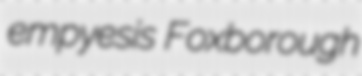
empyesis Foxborough